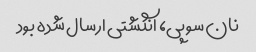
نان سوپی، انگشتی ارسال شده بود